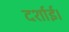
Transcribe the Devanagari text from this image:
दर्शाई।